Trukikaitis_Postimees, lk 77
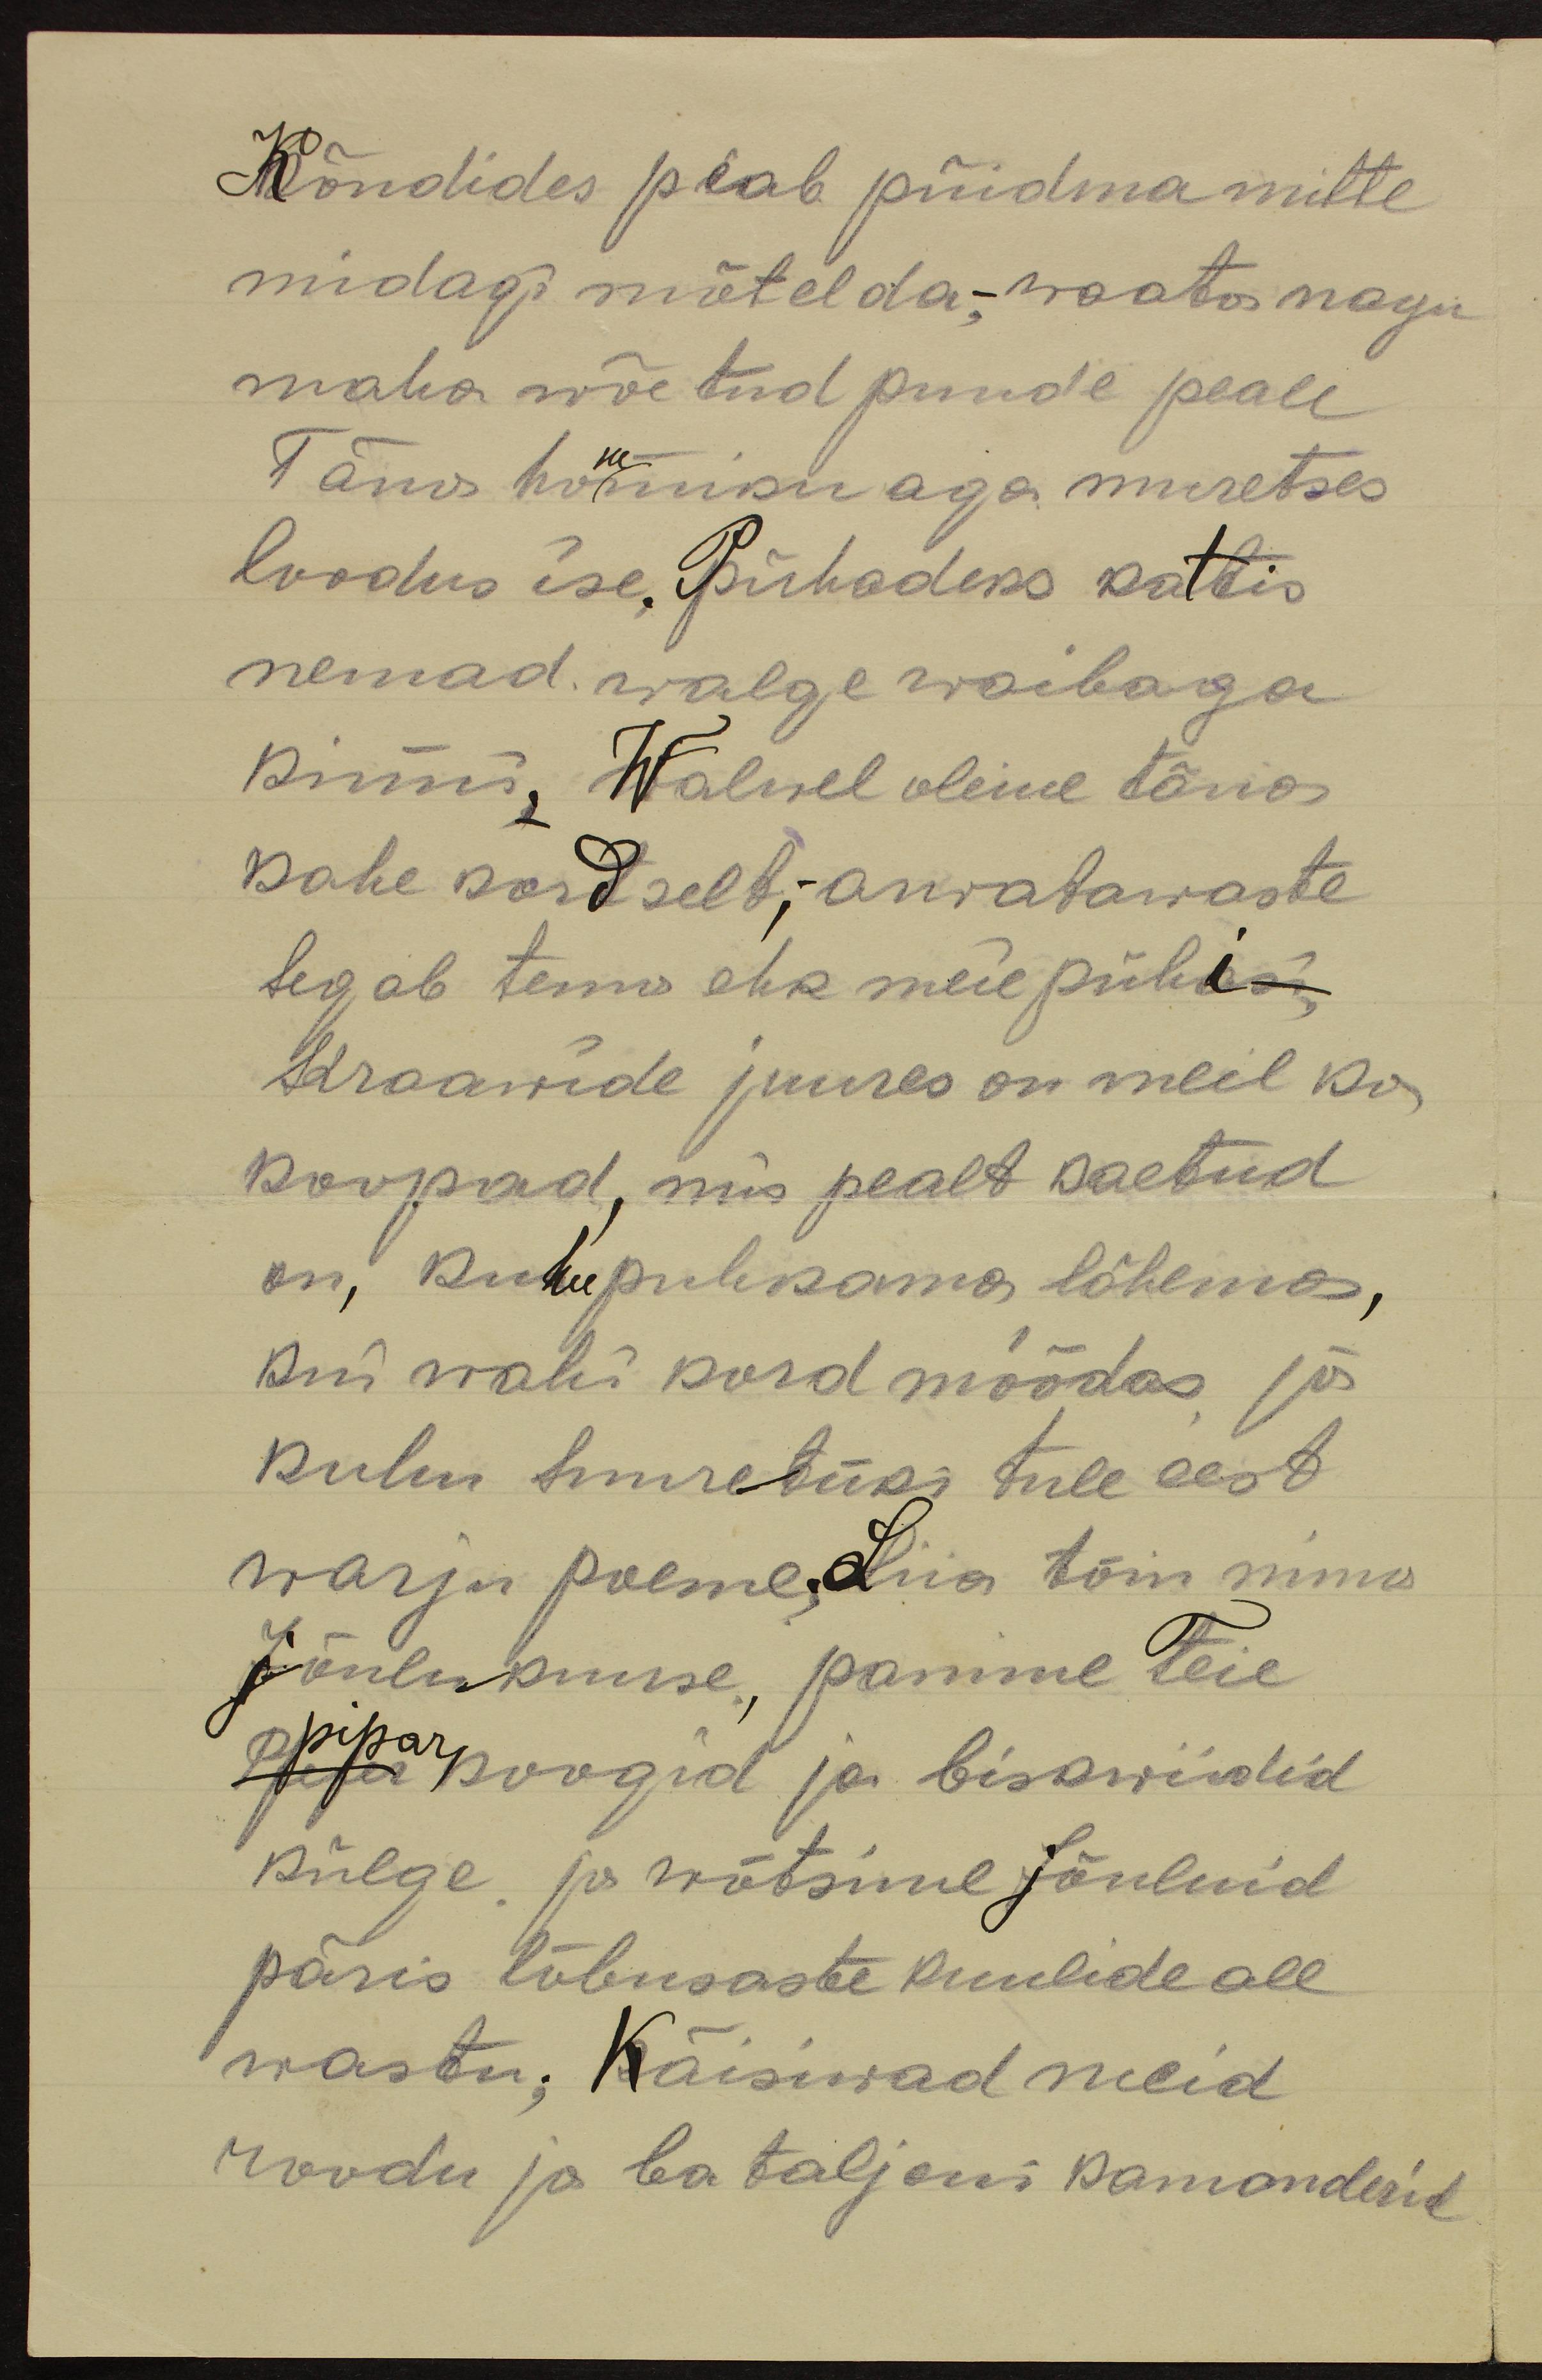
Kõndides peab püidma mitte
midagi mõtelda,-waata nagu
maha wõetud puude peale
Täna hommiku aga muretses
loodus ise. Pühadeks kattis
nemad walge waibaga
kinni, Walwel olime täna
kahe kordselt,- arwatawaste
segab tema ehk meie pühisi,
kraawide juures on meil ka
koopad, mis pealt kaetud
on, kuhu puhkama lähemas,
kui wahi kord möödas ja
kuhu suuretüki tule eest
warju poeme. Siia tõin mina
Jõulukuuse, panime Teie
piparkoogid ja biskwiidid
külge ja wõtsime Jõuluid
päris lõbusaste kuulide all
wastu. Käisiwad meid
roodu ja bataljoni komanderid